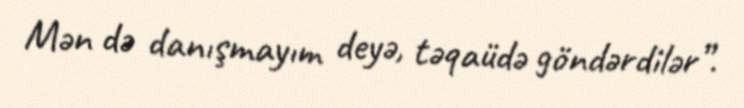
Mən də danışmayım deyə, təqaüdə göndərdilər”.